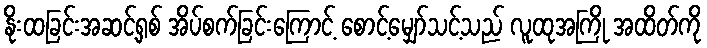
နိုးထခြင်းအဆင့်ရှစ် အိပ်စက်ခြင်းကြောင့် စောင့်မျှော်သင့်သည် လူထုအကြို အထိတ်ကို